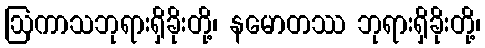
ဩကာသဘုရားရှိခိုးတို့၊ နမောတဿ ဘုရားရှိခိုးတို့၊